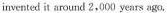
invented it around 2,000 years ago.